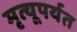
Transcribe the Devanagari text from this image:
मृत्यूपर्यत